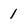
Character: 1